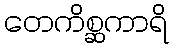
တေကိစ္ဆကာရိ